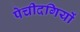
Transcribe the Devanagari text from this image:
पेचीदगियों